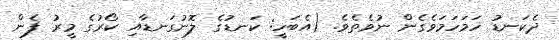
ދެކަނޑު ހަމަހަމަވެގެން ނުވެތެވެ. (އެބަހީ: ކަނޑުގެ ލޮނުގަނޑާއި ކޯރުގެ މީރު ފެން